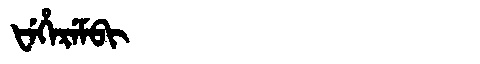
Manchu: ᡶᡝᡥᡝᡵᡝᠮᠪᡳ
Romanization: FEHEREMBI